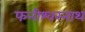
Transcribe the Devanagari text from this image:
फनीश्वरनाथ